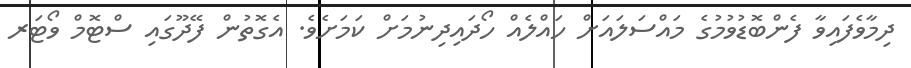
ދިމާވެފައިވާ ފެންބޮޑުވުމުގެ މައްސަލައަށް ހައްލެއް ހޯދައިދިނުމަށް ކަމަށެވެ. އެގޮތުން ފޭދޫގައި ސްޓޮމް ވޯޓަރ